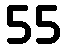
55